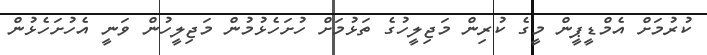
ކުރުމަށް އެމްޑީޕީން މީގެ ކުރިން މަޖިލީހުގެ ތަޅުމަށް ހުށަހެޅުމުން މަޖިލީހުން ވަނީ އެހުށަހެޅުން